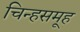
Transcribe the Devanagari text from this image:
चिन्हसमूह